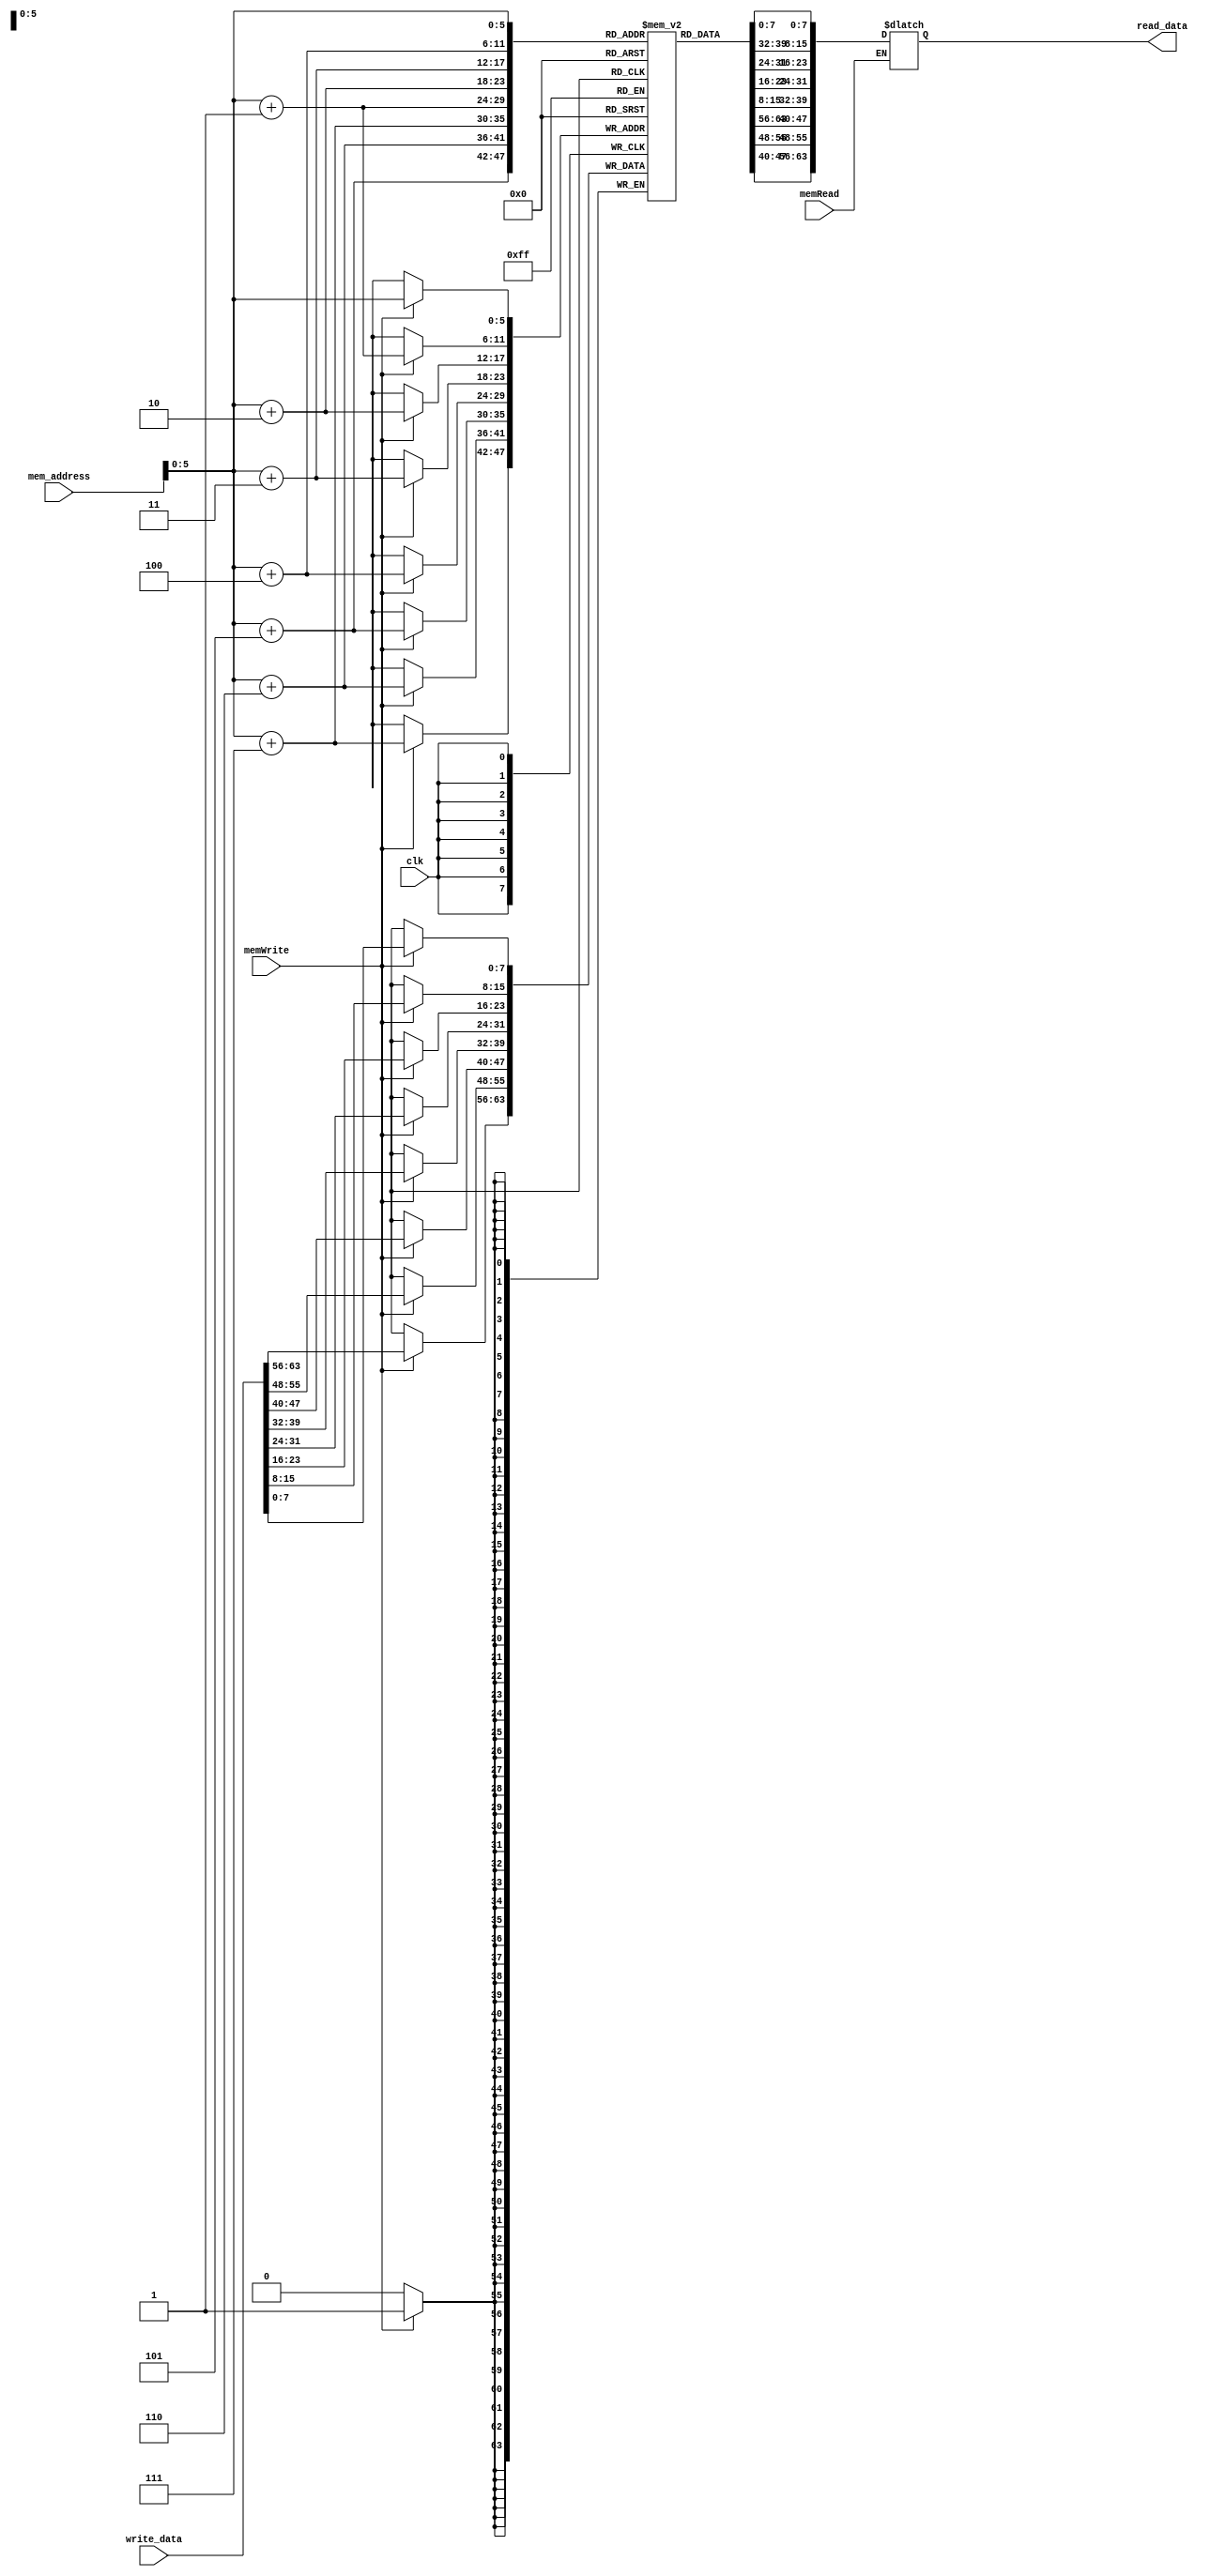
module Data_memory
(
	input clk, memWrite, memRead,
	input [63:0] mem_address, write_data,
	output reg [63:0] read_data
);

	reg [7:0] dm [63:0];
	initial
		begin
		dm[0]= 8'b01010110;
		dm[1]= 8'b10110001; // 177
		dm[2]= 8'b11011110; // 222
		dm[3]= 8'b01100001; // 97
		dm[4]= 8'b11010110; // 214
		dm[5]= 8'b00000110; // 6
		dm[6]= 8'b01010010;
		dm[7]= 8'b01001100;
		dm[8]= 8'b01110010;
		dm[9]= 8'b01000100;
		dm[10]= 8'b00111000;
		dm[11]= 8'b10110000;
		dm[12]= 8'b00100001;
		dm[13]= 8'b10111000;
		dm[14]= 8'b10110011;
		dm[15]= 8'b11000000;
		dm[16]= 8'b00010111;
		dm[17]= 8'b10110110;
		dm[18]= 8'b10111111;
		dm[19]= 8'b11111111;
		dm[20]= 8'b10001100;
		dm[21]= 8'b10100100;
		dm[22]= 8'b01010111;
		dm[23]= 8'b01111000;
		dm[24]= 8'b00100010;
		dm[25]= 8'b11111011;
		dm[26]= 8'b10111011;
		dm[27]= 8'b10001110;
		dm[28]= 8'b01111000;
		dm[29]= 8'b10001000;
		dm[30]= 8'b10110110;
		dm[31]= 8'b10011101;
		dm[32]= 8'b11011001;
		dm[33]= 8'b00100011;
		dm[34]= 8'b11011101;
		dm[35]= 8'b11011110;
		dm[36]= 8'b10111001;
		dm[37]= 8'b11000001;
		dm[38]= 8'b11111010;
		dm[39]= 8'b10101000;
		dm[40]= 8'b00111000;
		dm[41]= 8'b01001101;
		dm[42]= 8'b11000101;
		dm[43]= 8'b00100011;
		dm[44]= 8'b10011000;
		dm[45]= 8'b00110110;
		dm[46]= 8'b01001000;
		dm[47]= 8'b11111010;
		dm[48]= 8'b10111101;
		dm[49]= 8'b10100010;
		dm[50]= 8'b00000001;
		dm[51]= 8'b00000000;
		dm[52]= 8'b00000000;
		dm[53]= 8'b00000000;
		dm[54]= 8'b00000000;
		dm[55]= 8'b00000000;
		dm[56]= 8'b00000000;
		dm[57]= 8'b00000000;
		dm[58]= 8'b10000101;
		dm[59]= 8'b00111000;
		dm[60]= 8'b01000100;
		dm[61]= 8'b01010100;
		dm[62]= 8'b00001100;
		dm[63]= 8'b11011001;
		end
	
	always @ (posedge clk)
	begin
		if (memWrite)
			{dm[mem_address+7], dm[mem_address+6], dm[mem_address+5],
		dm[mem_address+4], dm[mem_address+3], dm[mem_address+2], dm[mem_address+1],
		dm[mem_address]} = write_data;
		
	end
	
	always @ (mem_address or memRead or dm)
	begin
		if (memRead)
			read_data = {dm[mem_address+7], dm[mem_address+6], dm[mem_address+5],
		dm[mem_address+4], dm[mem_address+3], dm[mem_address+2], dm[mem_address+1],
		dm[mem_address]};
	end
	
endmodule